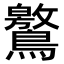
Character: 鸄